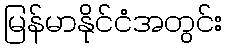
မြန်မာနိုင်ငံအတွင်း